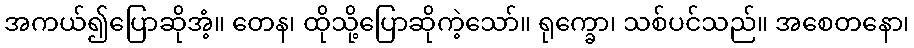
အကယ်၍ပြောဆိုအံ့။ တေန၊ ထိုသို့ပြောဆိုကဲ့သော်။ ရုက္ခော၊ သစ်ပင်သည်။ အစေတနော၊